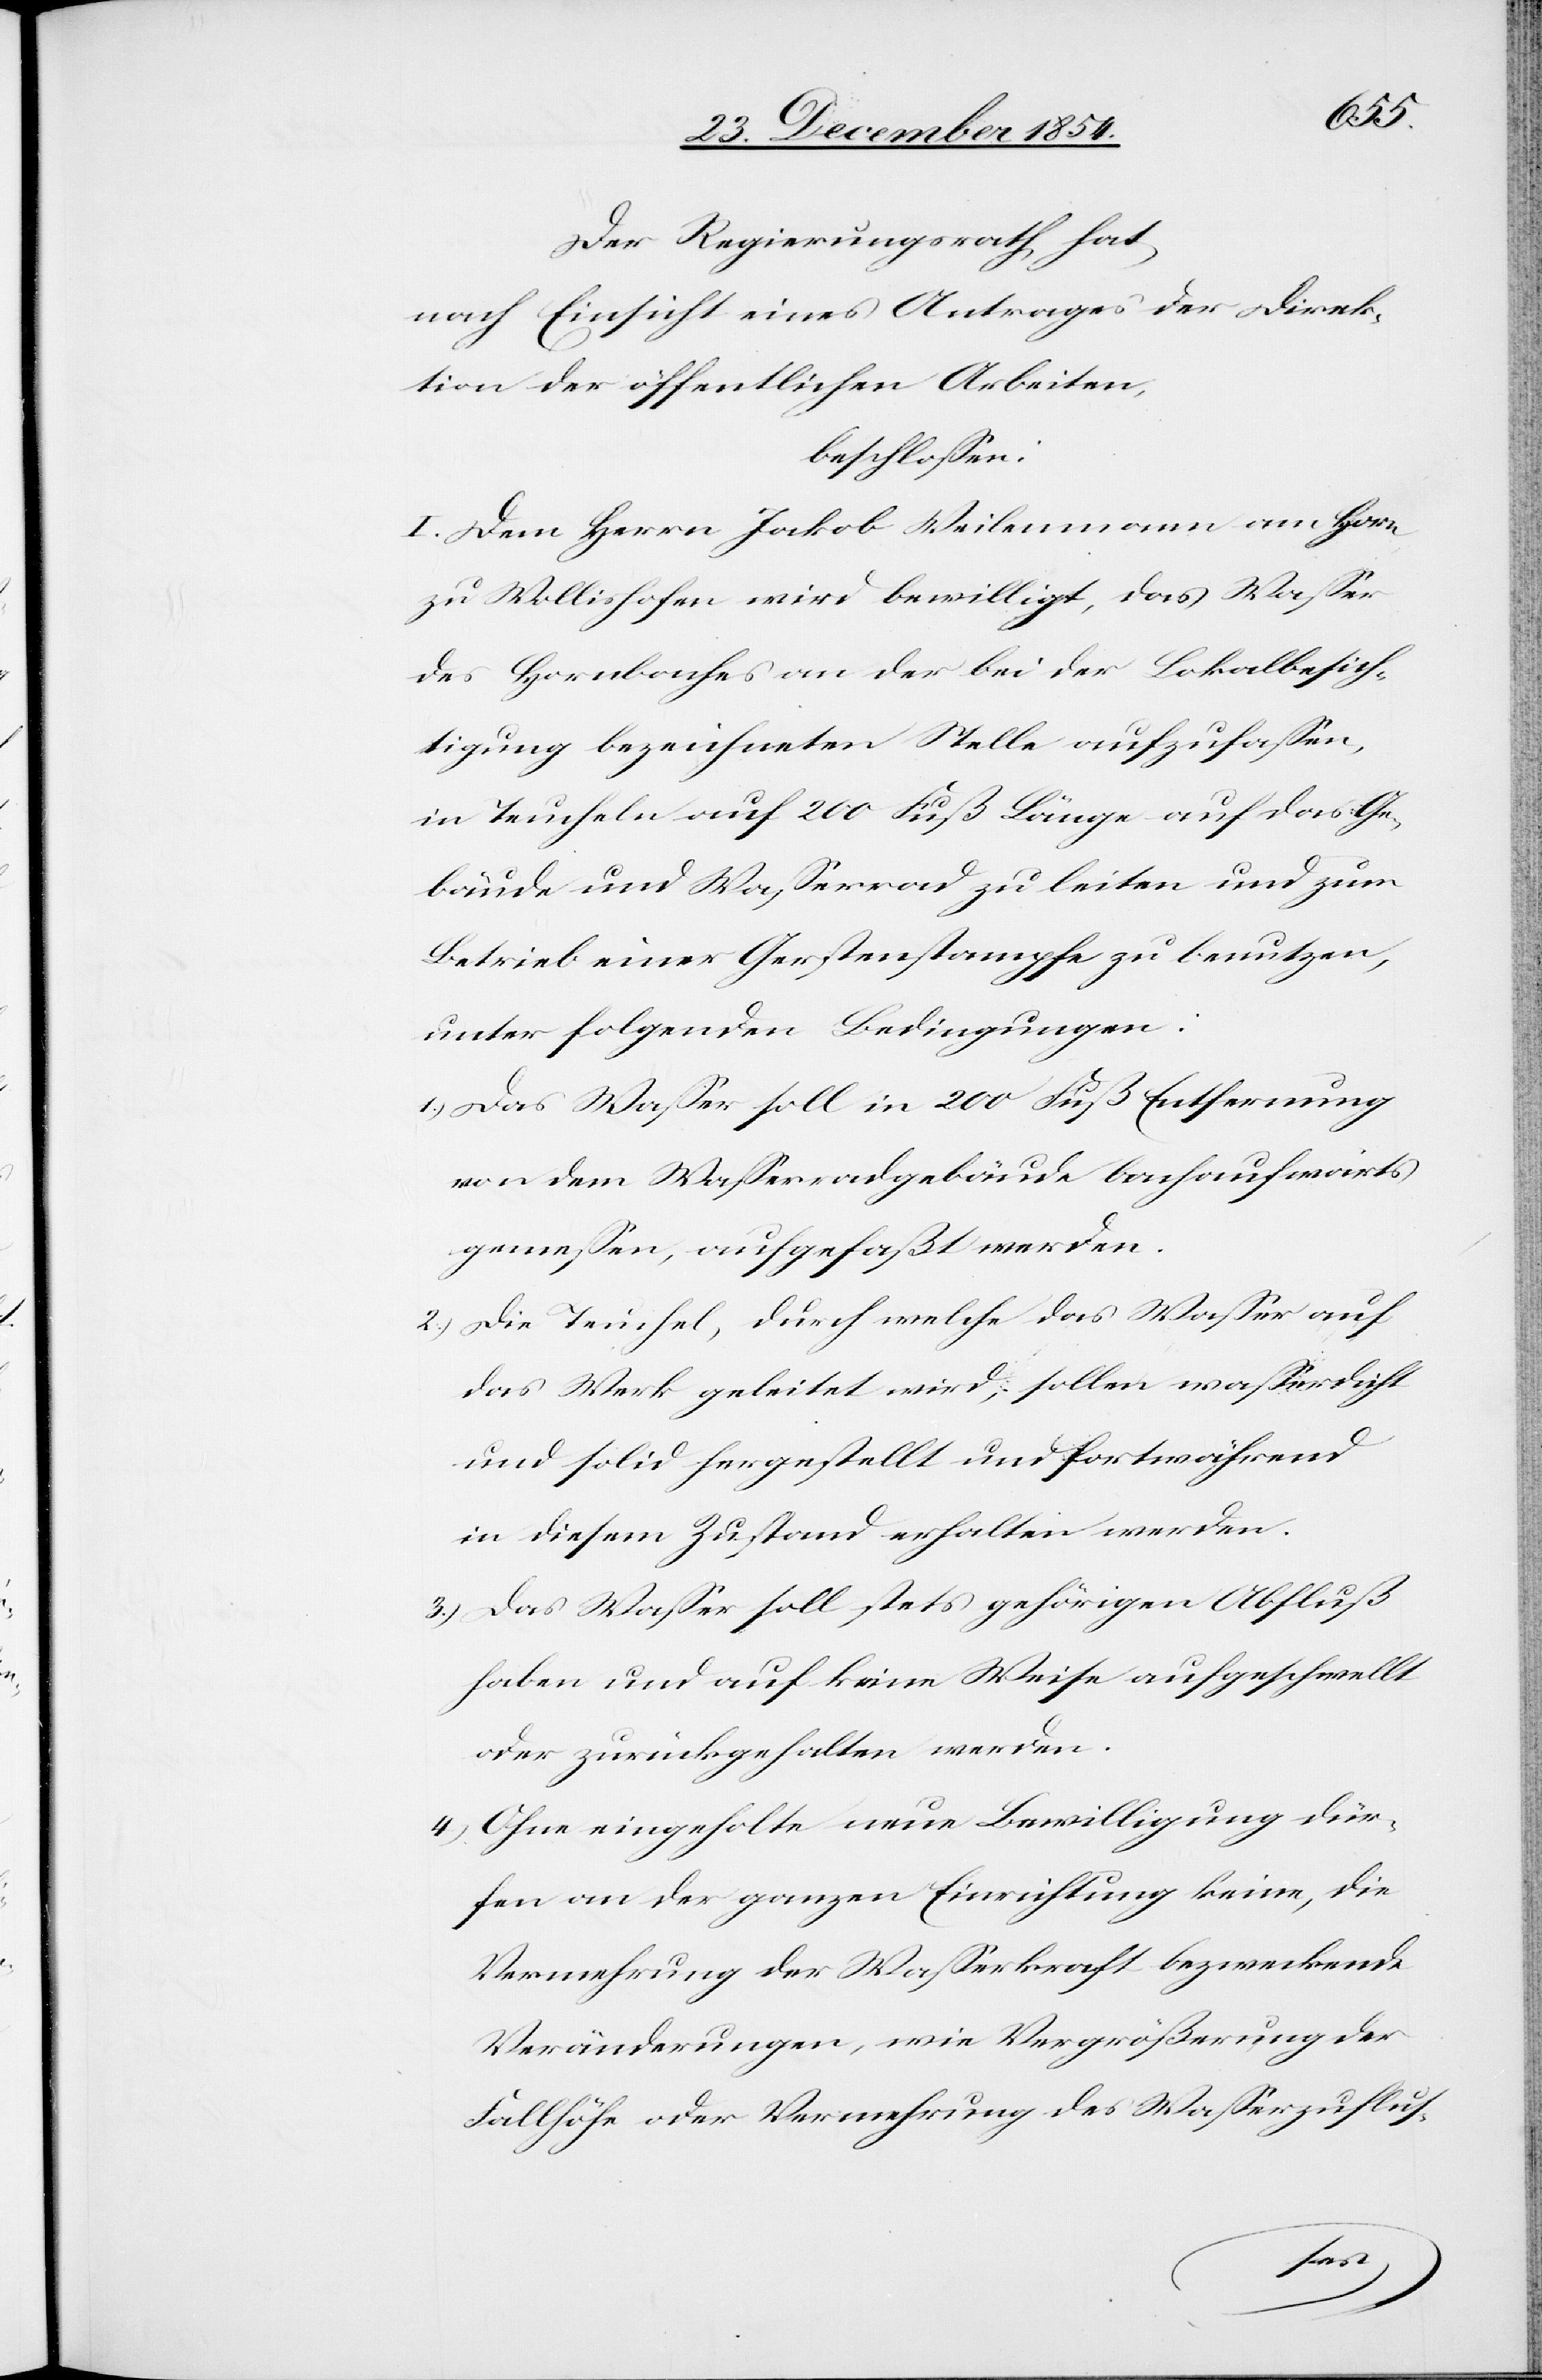
Der Regierungsrath hat
nach Einsicht eines Antrages der Direk¬
tion der öffentlichen Arbeiten,
beschloßen:
I. Dem Herrn Jakob Weilenmann am Horn
zu Wollishofen wird bewilligt, das Waßer
des Hornbaches an der bei der Lokalbesich¬
tigung bezeichneten Stelle aufzufaßen,
in Teucheln auf 200 Fuß Länge auf das Ge¬
bäude und Waßerrad zu leiten und zum
Betrieb einer Gerstenstampfe zu benutzen,
unter folgenden Bedingungen:
1.) Das Waßer soll in 200 Fuß Entfernung
von dem Waßerradgebäude bachaufwärts
gemeßen, aufgefaßt werden.
2.) Die Teuchel, durch welche das Waßer auf
das Werk geleitet wird, sollen waßerdicht
und solid hergestellt und fortwährend
in diesem Zustand erhalten werden.
3.) Das Waßer soll stets gehörigen Abfluß
haben und auf keine Weise aufgeschwellt
oder zurückgehalten werden.
4.) Ohne eingeholte neue Bewilligung dür¬
fen an der ganzen Einrichtung keine, die
Vermehrung der Waßerkraft bezweckende
Veränderungen, wie Vergrößerung der
Fallhöhe oder Vermehrung des Waßerzuflus-